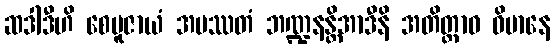
ဆဒါဒီဟိ စေပူဇာယံ အပဿတံ ဘဏ္ဍနန္တိအာဒီနိ အတိတ္တာဝ ဝိမာနေ